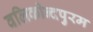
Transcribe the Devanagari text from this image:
वलिकोन्दपुरम